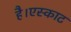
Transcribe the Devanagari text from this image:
है।एस्काट